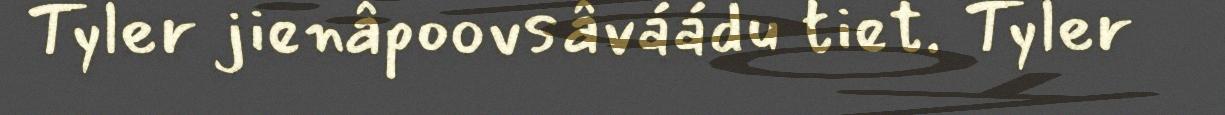
Tyler jienâpoovsâváádu tiet. Tyler